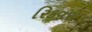
રિકવરી